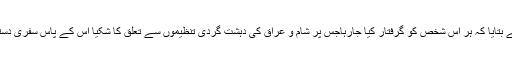
ملائیشین حکام نے بتایا کہ ہر اس شخص کو گرفتار کیا جارہاجس پر شام و عراق کی دہشت گردی تنظیموں سے تعلق کا شکیا اس کے پاس سفری دستاویزات پوری ن۔